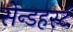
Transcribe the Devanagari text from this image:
सेन्डहर्स्ट